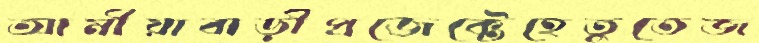
আমীয়াবাড়ীপ্রজেক্টেহেতুতেজ